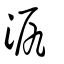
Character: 泦